Annual report of the Prince of Wales Medical College, Patna
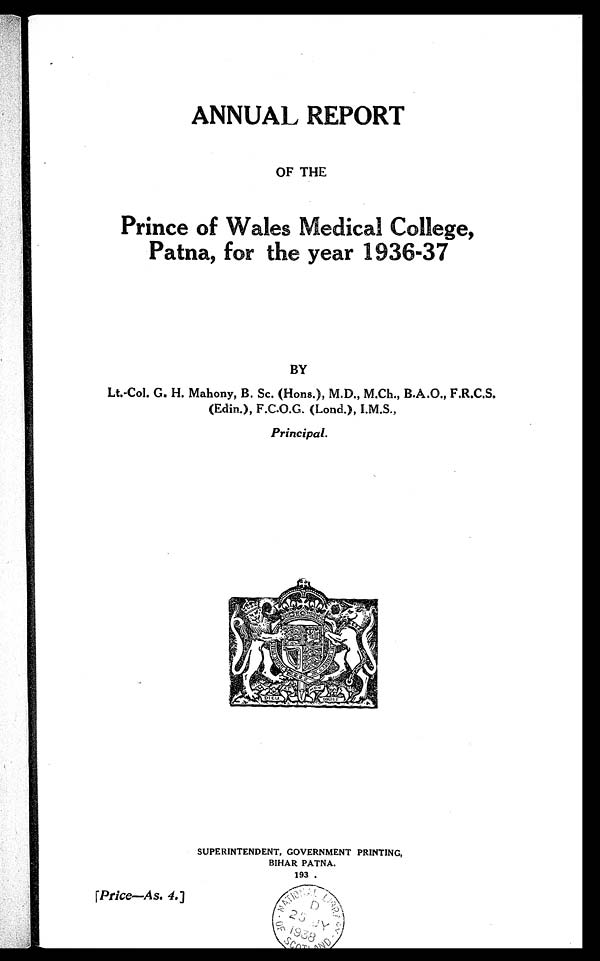
ANNUAL REPORT
OF THE
Prince of Wales Medical College,
Patna, for the year 1936-37
BY
Lt.-Col. G. H. Mahony, B. Sc. (Hons.), M.D., M.Ch.,B.A.O., F.R.C.S.
(Edin.), F.C.O.G. (Lond.), I.M.S.,
Principal.
SUPERINTENDENT, GOVERNMENT PRINTING,
BIHAR PATNA.
193 .
[Price—As. 4.]